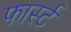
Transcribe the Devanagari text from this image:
फार्स्ट